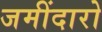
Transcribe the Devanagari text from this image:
जमींदारो